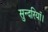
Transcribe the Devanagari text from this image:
सुन्दरियाँ।